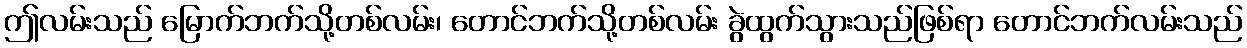
ဤလမ်းသည် မြောက်ဘက်သို့တစ်လမ်း၊ တောင်ဘက်သို့တစ်လမ်း ခွဲထွက်သွားသည်ဖြစ်ရာ တောင်ဘက်လမ်းသည်